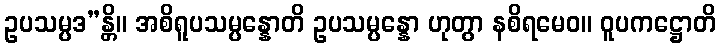
ဥပသမ္ပဒ”န္တိ။ အစိရူပသမ္ပန္နောတိ ဥပသမ္ပန္နော ဟုတွာ နစိရမေဝ။ ဝူပကဋ္ဌောတိ